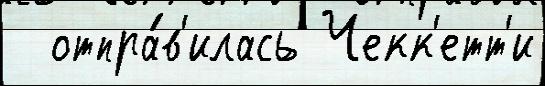
  отпра́в'илась Чекк'етт'и